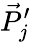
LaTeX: \vec{P}_{j}^{\prime}